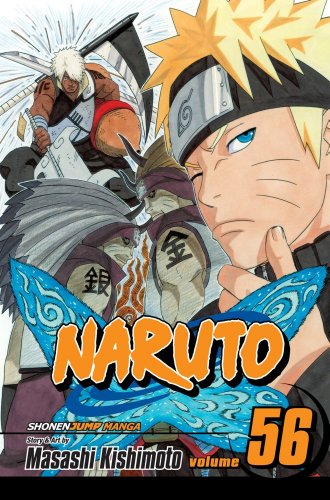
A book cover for Naruto, Vol. 56: Team Asuma, Reunited; Masashi Kishimoto; Teen & Young Adult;